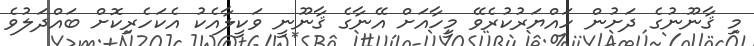
މި ޤާނޫނުގެ ދަށުން ހައްޔަރުކުރެވޭ މީހާއަށް އޭނާގެ ޤާނޫނީ ވަކީލާއެކު އެކަހެރިކޮށް ބައްދަލުވެ